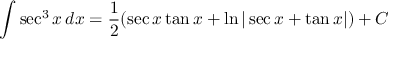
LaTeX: \int \sec ^ { 3 } x \, d x = { \frac { 1 } { 2 } } ( \sec x \tan x + \ln | \sec x + \tan x | ) + C